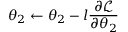
\boldsymbol { \theta } _ { 2 } \gets \boldsymbol { \theta } _ { 2 } - l \frac { \partial \mathcal { L } } { \partial \boldsymbol { \theta } _ { 2 } }